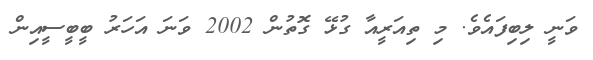
ވަނީ ލިބިފައެވެ. މި ތިއަރީއާ ގުޅޭ ގޮތުން 2002 ވަނަ އަހަރު ބީބީސީއިން